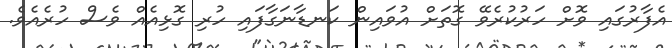
އެފާރުގައި ވޮށް ހަރުކުރެވޭ ގޮތަށް އުވައިން ކަނޑާނަގާފައި ހުރި ގޮޅިއެއް ވެސް ހުރެއެވެ.